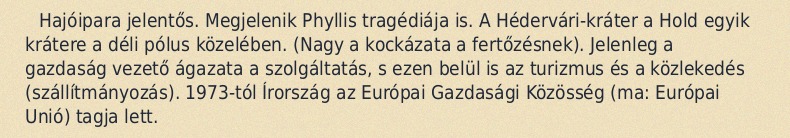
Hajóipara jelentős. Megjelenik Phyllis tragédiája is. A Hédervári-kráter a Hold egyik krátere a déli pólus közelében. (Nagy a kockázata a fertőzésnek). Jelenleg a gazdaság vezető ágazata a szolgáltatás, s ezen belül is az turizmus és a közlekedés (szállítmányozás). 1973-tól Írország az Európai Gazdasági Közösség (ma: Európai Unió) tagja lett.